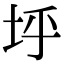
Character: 垀